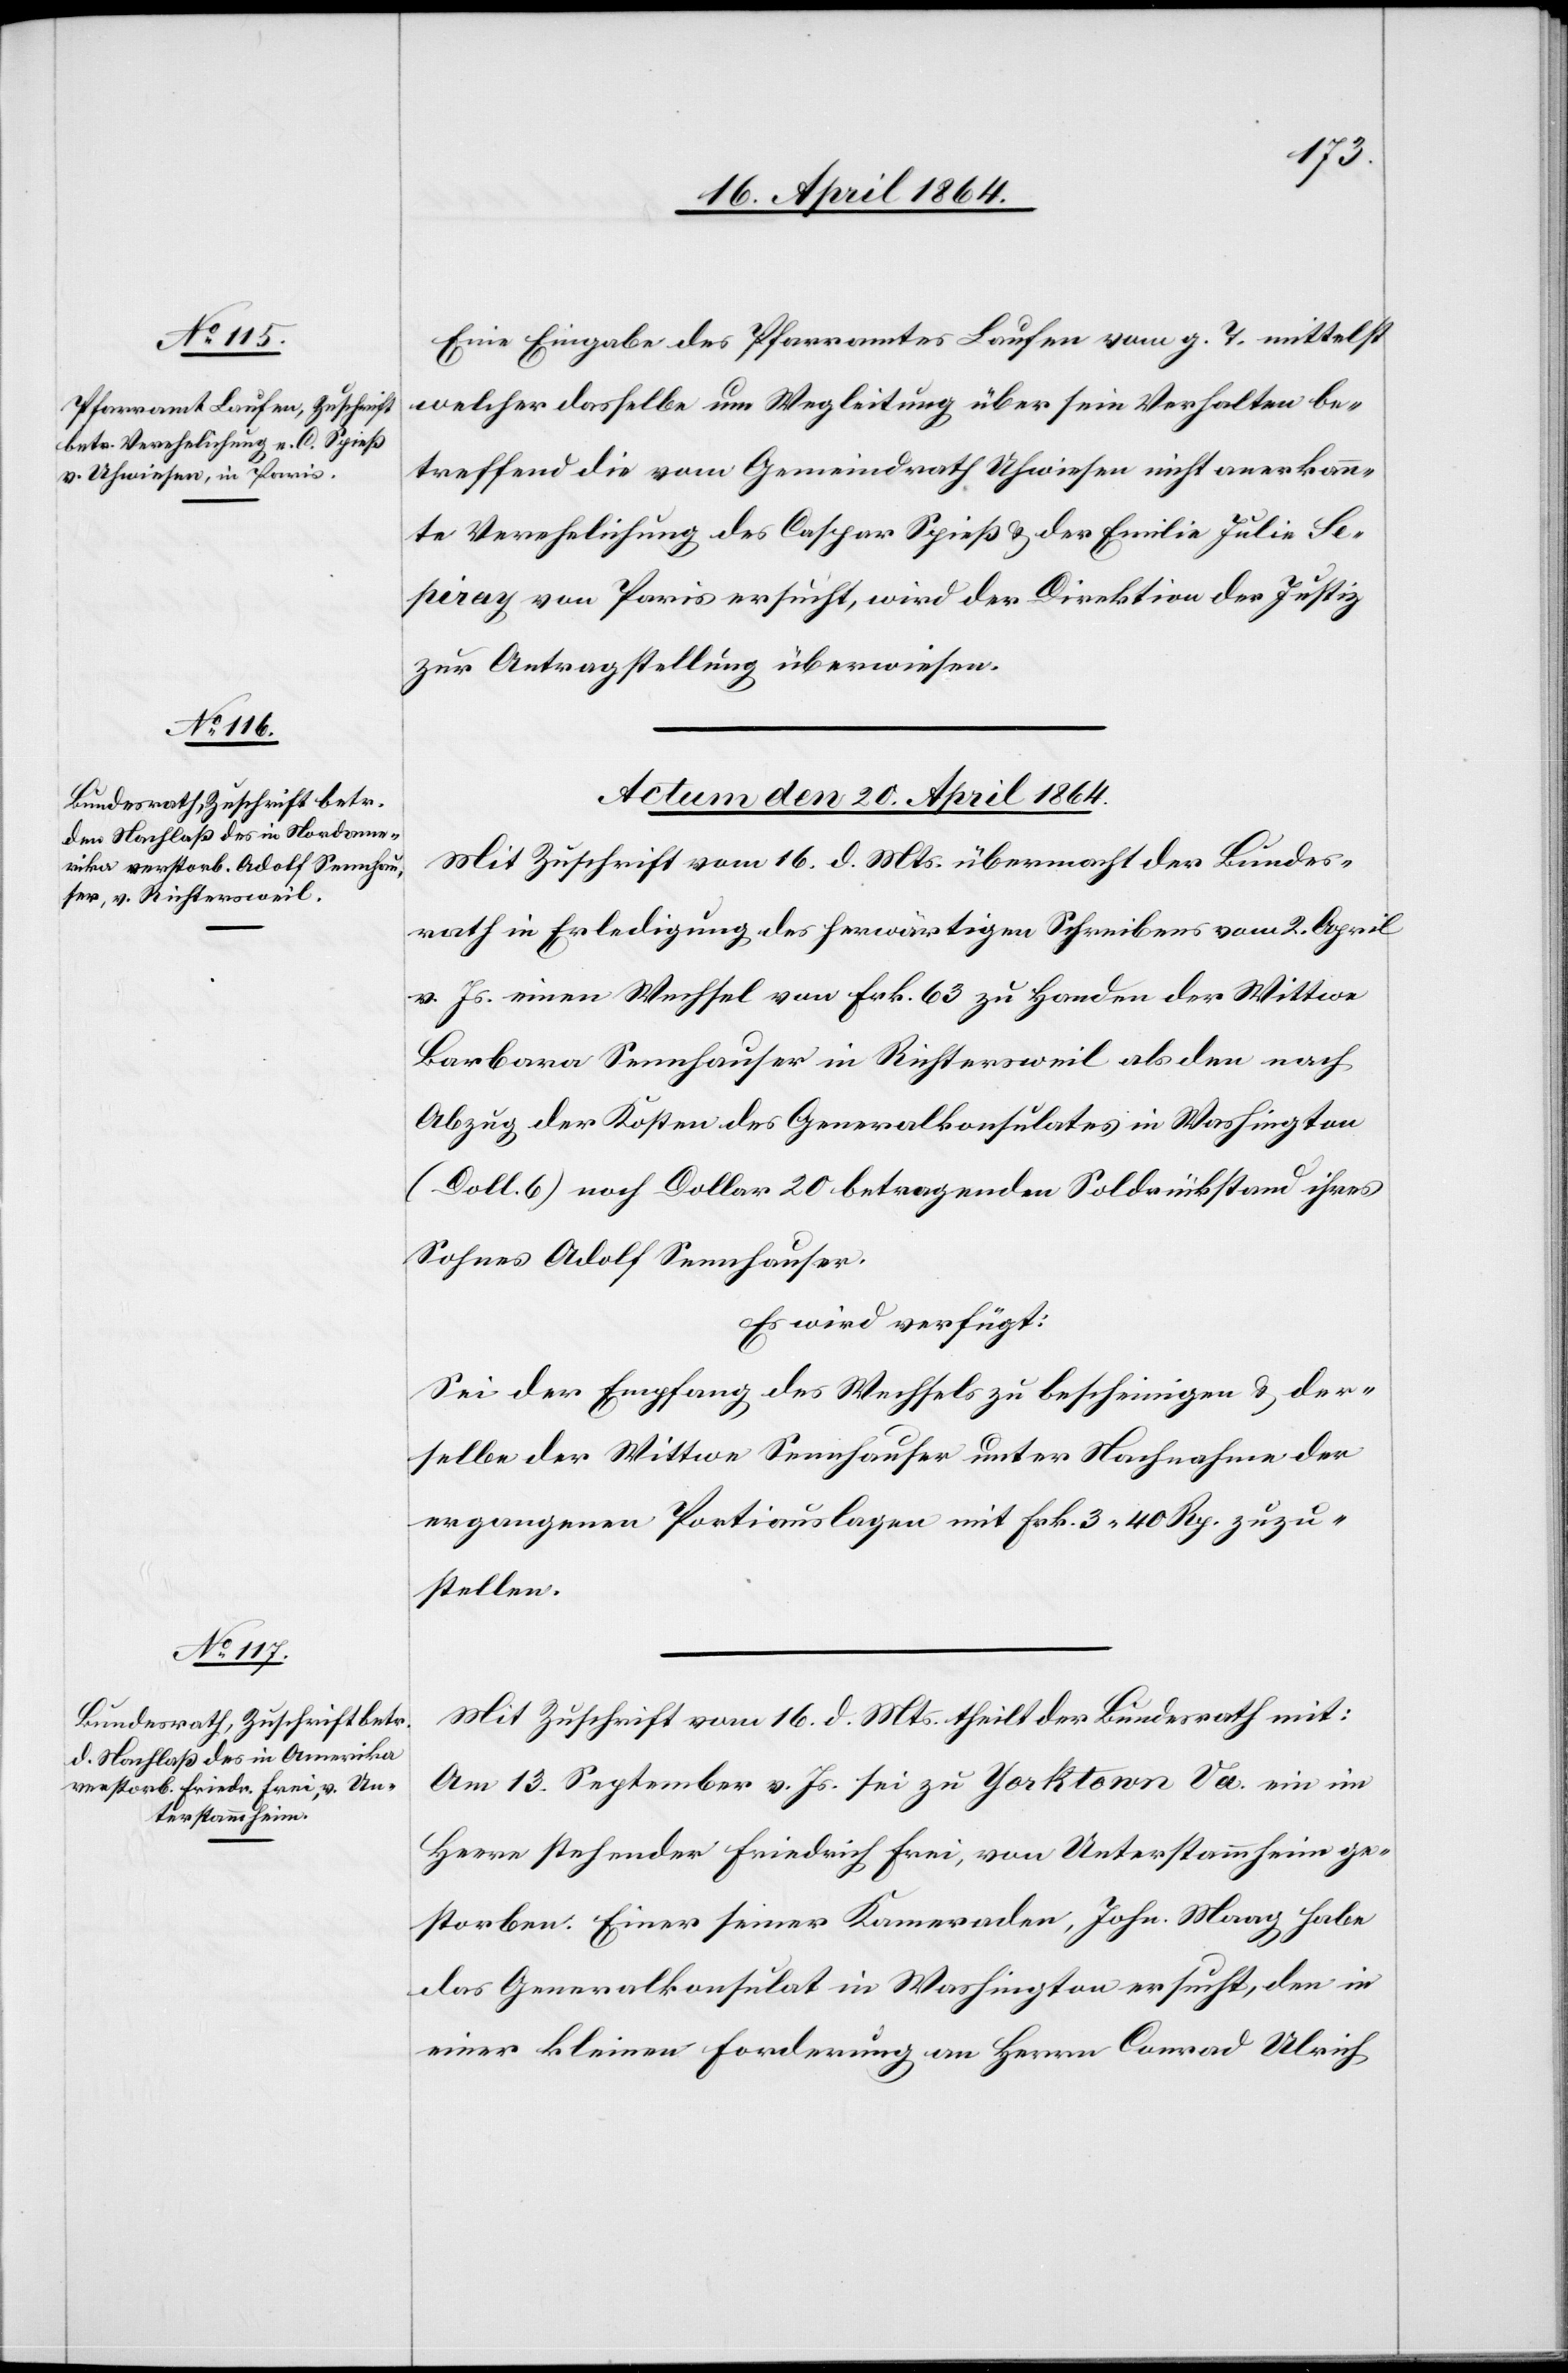
piray [?Le¬

Eine Eingabe des Pfarramtes Laufen vom g. T. mittelst
welcher dasselbe um Wegleitung über sein Verhalten be¬
treffend die vom Gemeindrath Uhwiesen nicht anerkann¬
te Verehelichung des Caspar Spieß u. der Emilie Julie Se¬
pinay] von Paris ersucht, wird der Direktion der Justiz
zur Antragstellung überwiesen.
Actum den 20. April 1864.]
Mit Zuschrift vom 16. d. Mts. übermacht der Bundes¬
rath in Erledigung des herwärtigen Schreibens vom 2. April
v. Js. einen Wechsel von Frk. 63 zu Handen der Wittwe
Barbara Sennhauser in Richtersweil, als den nach
Abzug der Kosten des Generalkonsulates in Washington
(Doll. 6) noch Dollar 20 betragenden Soldrückstand ihres
Sohnes Adolf Sennhauser.
Es wird verfügt:
Sei der Empfang des Wechsels zu bescheinigen u. der¬
selbe der Wittwe Sennhauser unter Nachnahme der
ergangenen Portiauslagen mit Frk. 3 40 Rp. zuzu¬
stellen.
Mit Zuschrift vom 16. d. Mts. theilt der Bundesrath mit:
Am 13. September v. Js. sei zu Yorktown Va. ein im
Heere stehender Friedrich Erni, von Unterstammheim ge¬
storben. Einer seiner Kameraden, John. Maag habe
das Generalkonsulat in Washington ersucht, den in
einer kleinen Forderung an Herrn Conrad Ulrich